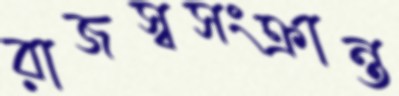
রাজস্বসংক্রান্ত